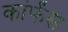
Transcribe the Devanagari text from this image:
कांफेंस